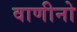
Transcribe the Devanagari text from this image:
वाणीनो